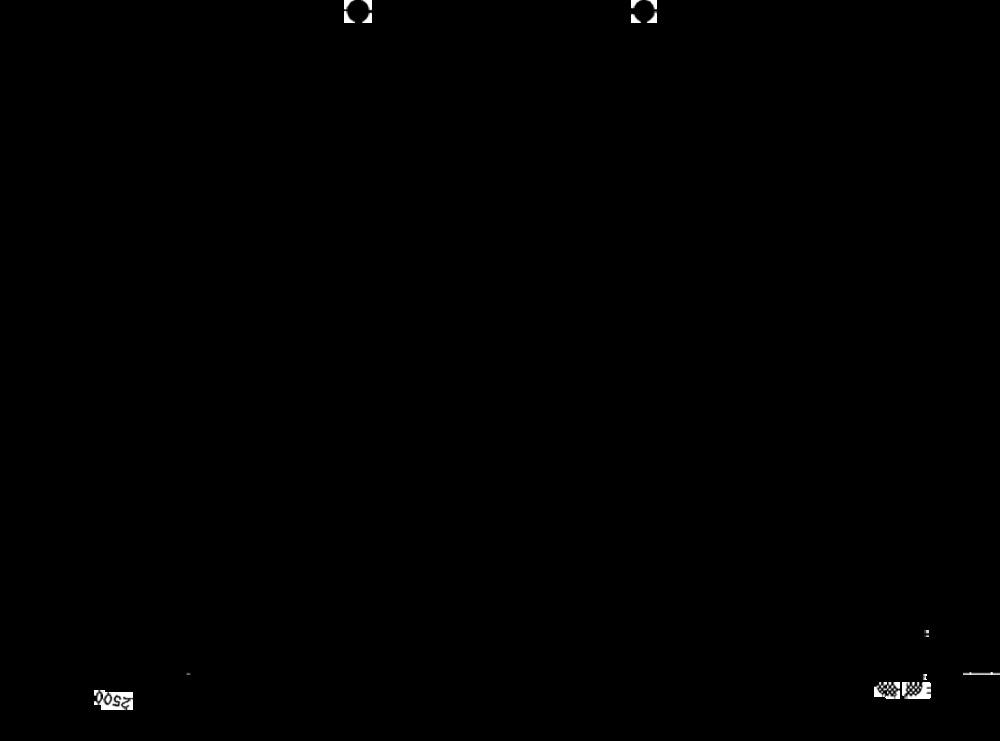
2500